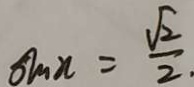
\sin x = \frac { \sqrt { 2 } } { 2 }